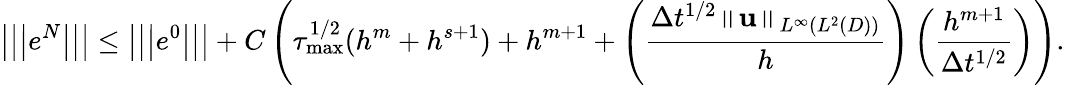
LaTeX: \left\vert\left\vert\left\vert e^{N}\right\vert\right\vert\right\vert\leq\left\vert\left\vert\left\vert e^{0}\right\vert\right\vert\right\vert+C\left(\tau_{\operatorname*{max}}^{1/2}(h^{m}+h^{s+1})+h^{m+1}+\left(\frac{\Delta t^{1/2}\left\Vert\mathbf{u}\right\Vert_{L^{\infty}(L^{2}(D))}}{h}\right)\left(\frac{h^{m+1}}{\Delta t^{1/2}}\right)\right).